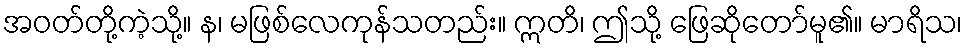
အဝတ်တို့ကဲ့သို့။ န၊ မဖြစ်လေကုန်သတည်း။ ဣတိ၊ ဤသို့ ဖြေဆိုတော်မူ၏။ မာရိသ၊